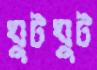
ঘুটঘুট